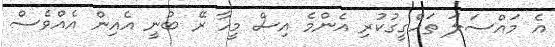
އެ މައްސަލަ ތަހްގީގުކުރި އެންމެ އިސް މީހާ ރޭ ބުނީ އެއިން އެއްވެސް